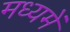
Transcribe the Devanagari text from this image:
मध्‍यमें